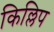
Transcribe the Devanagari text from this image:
किल्लिप